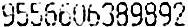
9556606389892